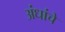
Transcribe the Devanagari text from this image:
अंधांचे